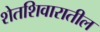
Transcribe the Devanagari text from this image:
शेतशिवारातील